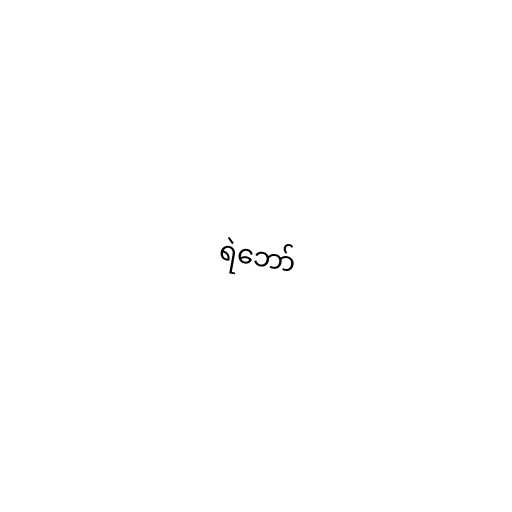
ရဲဘော်